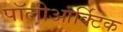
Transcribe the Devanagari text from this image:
पॉलीआर्क्टिक